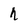
Character: h